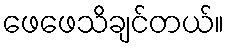
ဖေဖေသိချင်တယ်။